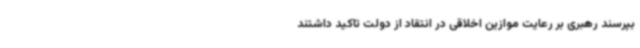
بپرسند رهبری بر رعایت موازین اخلاقی در انتقاد از دولت تاکید داشتند